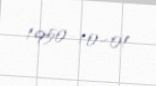
1950-10-01